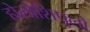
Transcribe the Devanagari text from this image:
होलोशिपुलो